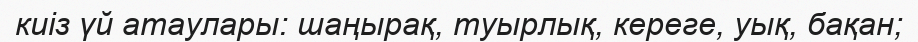
киіз үй атаулары: шаңырақ, туырлық, кереге, уық, бақан;